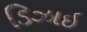
ડિઝાઇ